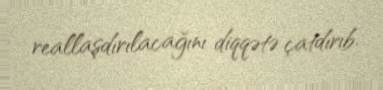
reallaşdırılacağını diqqətə çatdırıb.